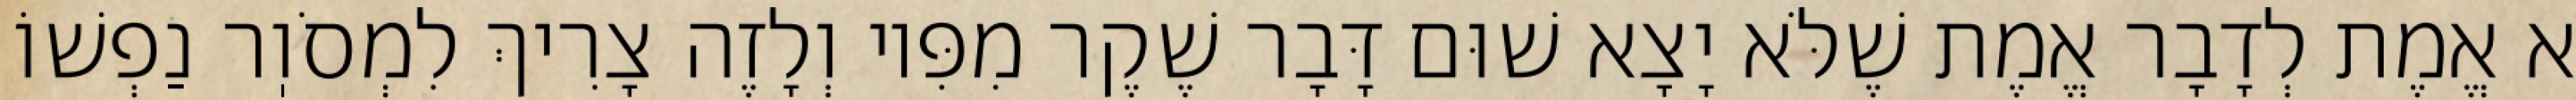
א אֱמֶת לְדָבָר אֱמֶת שֶׁלֹּא יָצָא שׁוּם דָּבָר שֶׁקֶר מִפִּיו וְלָזֶה צָרִיךְ לִמְסֹוֽר נַפְשׁוֹ